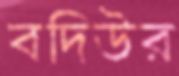
বদিউর